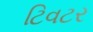
ટિવટર